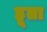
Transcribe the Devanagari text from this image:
हूता